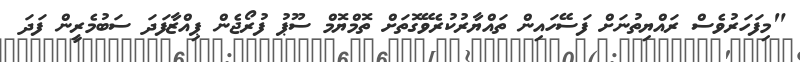
"މިފަހަރުވެސް ރައްޔިތުނަށް ފަސޭހައިން ތައްޔާރުކުރެވޭގޮތަށް ތޮމްޔޮމް ސޫޕު ފުރޯޖެން ޕިއްޒާފަދަ ސަބުމެރީން ފަދަ